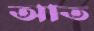
আত